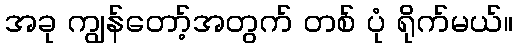
အခု ကျွန်တော့်အတွက် တစ် ပုံ ရိုက်မယ်။